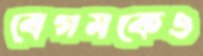
বেগমকেও